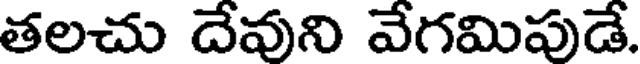
తలచు దేవుని వేగమిపుడే.